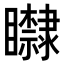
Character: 𥌿